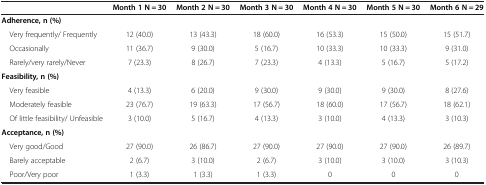
|  | Month 1 N = 30 | Month 2 N = 30 | Month 3 N = 30 | Month 4 N = 30 | Month 5 N = 30 | Month 6 N = 29 |
 | --- | --- | --- | --- | --- | --- | --- |
 | Adherence, n (%) |  |  |  |  |  |  |
 | Very frequently/ Frequently | 12 (40.0) | 13 (43.3) | 18 (60.0) | 16 (53.3) | 15 (50.0) | 15 (51.7) |
 | Occasionally | 11 (36.7) | 9 (30.0) | 5 (16.7) | 10 (33.3) | 10 (33.3) | 9 (31.0) |
 | Rarely/very rarely/Never | 7 (23.3) | 8 (26.7) | 7 (23.3) | 4 (13.3) | 5 (16.7) | 5 (17.2) |
 | Feasibility, n (%) |  |  |  |  |  |  |
 | Very feasible | 4 (13.3) | 6 (20.0) | 9 (30.0) | 9 (30.0) | 9 (30.0) | 8 (27.6) |
 | Moderately feasible | 23 (76.7) | 19 (63.3) | 17 (56.7) | 18 (60.0) | 17 (56.7) | 18 (62.1) |
 | Of little feasibility/ Unfeasible | 3 (10.0) | 5 (16.7) | 4 (13.3) | 3 (10.0) | 4 (13.3) | 3 (10.3) |
 | Acceptance, n (%) |  |  |  |  |  |  |
 | Very good/Good | 27 (90.0) | 26 (86.7) | 27 (90.0) | 27 (90.0) | 27 (90.0) | 26 (89.7) |
 | Barely acceptable | 2 (6.7) | 3 (10.0) | 2 (6.7) | 3 (10.0) | 3 (10.0) | 3 (10.3) |
 | Poor/Very poor | 1 (3.3) | 1 (3.3) | 1 (3.3) | 0 | 0 | 0 |